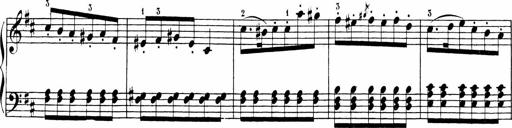
Title: Sonatinen Op.47, 98 und 136, nebst 6 Liedersonatinen
Composer: Carl Reinecke